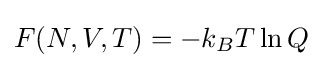
F(N,V,T)=-k_{B}T\ln Q